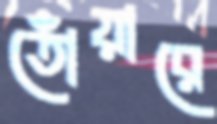
তোঁয়ারে